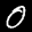
Label: 0